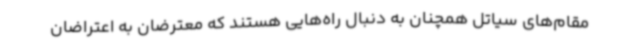
مقام‌های سیاتل همچنان به دنبال راه‌هایی هستند که معترضان به اعتراضان